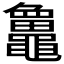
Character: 𪓻